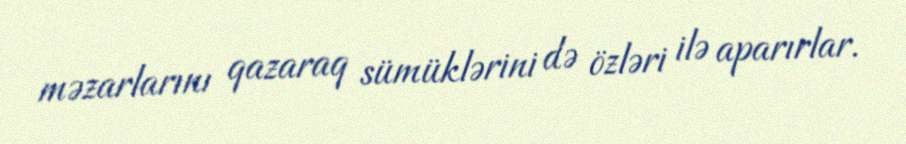
məzarlarını qazaraq sümüklərini də özləri ilə aparırlar.